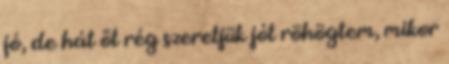
jó, de hát őt rég szeretjük jót röhögtem, mikor